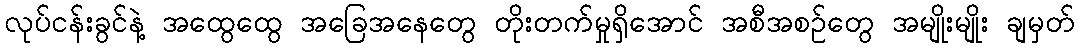
လုပ်ငန်းခွင်နဲ့ အထွေထွေ အခြေအနေတွေ တိုးတက်မှုရှိအောင် အစီအစဉ်တွေ အမျိုးမျိုး ချမှတ်